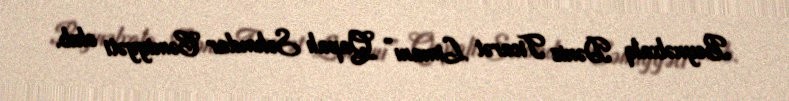
Beynəlxalq Dəniz Ticarət Limanı” Qapalı Səhmdar Cəmiyyəti olub.